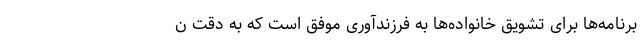
برنامه‌ها برای تشویق خانواده‌ها به فرزندآوری موفق است که به دقت ن